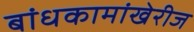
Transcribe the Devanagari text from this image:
बांधकामांखेरीज